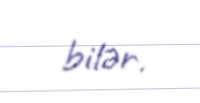
bilər.